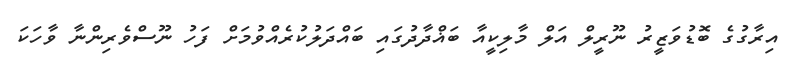
އިރާގުގެ ބޮޑުވަޒީރު ނޫރީލް އަލް މާލިކީއާ ބަޣްދާދުގައި ބައްދަލުކުރެއްވުމަށް ފަހު ނޫސްވެރިންނާ ވާހަކަ